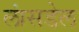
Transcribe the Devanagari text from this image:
लांसडेल